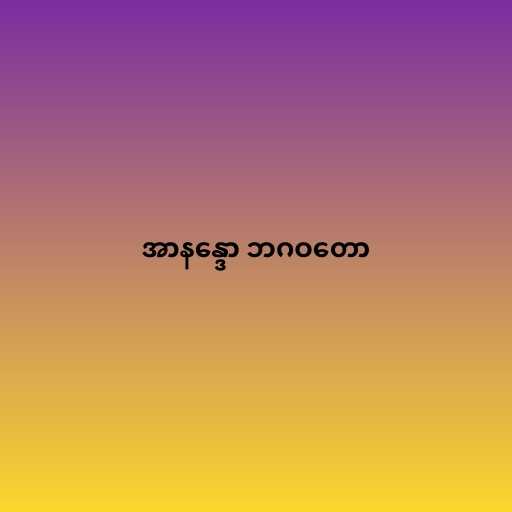
အာနန္ဒော ဘဂဝတော